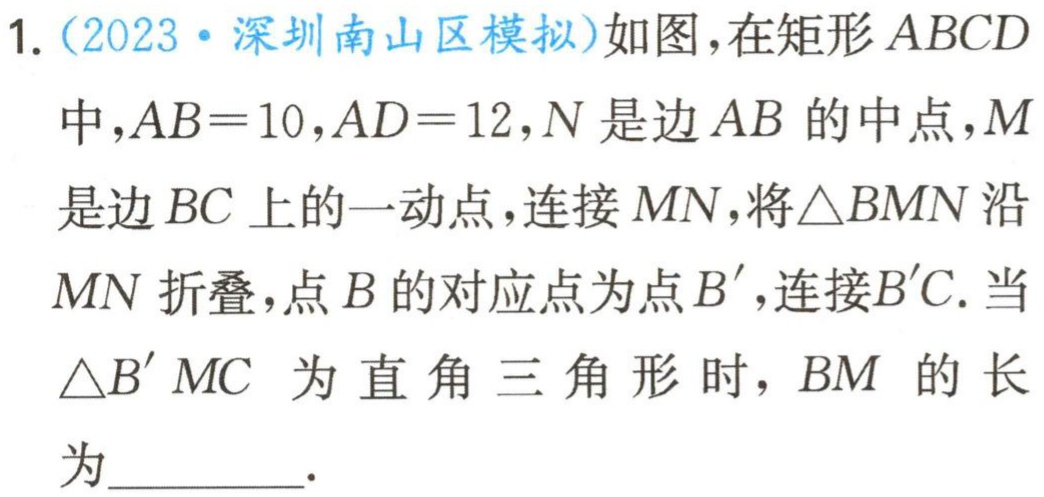
1.（2023·深圳南山区模拟）如图，在矩形 \(ABCD\) 中，\(AB = 10\)，\(AD = 12\)，\(N\) 是边 \(AB\) 的中点，\(M\) 是边 \(BC\) 上的一动点，连接 \(MN\)，将\(\triangle BMN\) 沿 \(MN\) 折叠，点 \(B\) 的对应点为点 \(B'\)，连接 \(B'C\). 当 \(\triangle B'MC\) 为直角三角形时，\(BM\) 的长为  .